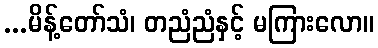
...မိန့်တော်သံ၊ တညံညံနှင့် မကြားလော။